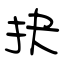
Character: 抉